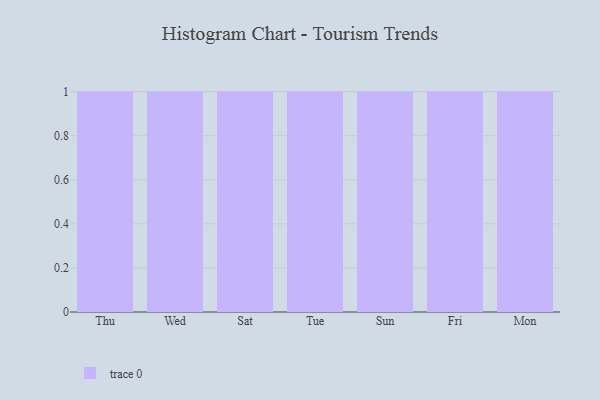
{"axis": {"x": "Day", "y": "Production Output"}, "legend": [""], "data": [{"x": "Thu", "y": 69, "type": ""}, {"x": "Wed", "y": 69, "type": ""}, {"x": "Sat", "y": 56, "type": ""}, {"x": "Tue", "y": 87, "type": ""}, {"x": "Sun", "y": 92, "type": ""}, {"x": "Fri", "y": 38, "type": ""}, {"x": "Mon", "y": 12, "type": ""}]}